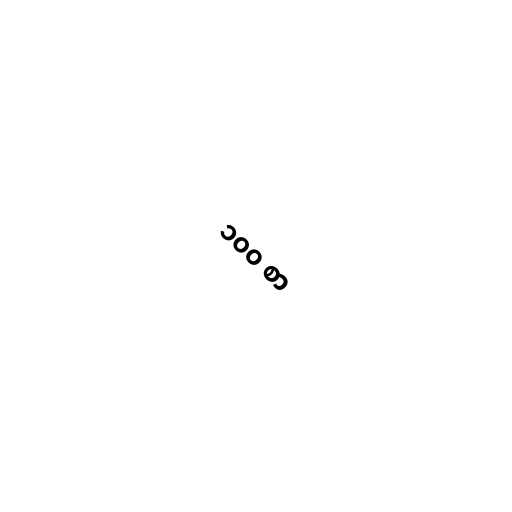
၁၀၀ စာ